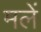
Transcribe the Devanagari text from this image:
मलें